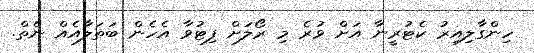
ހިންގާލިއިރު ކެޓުރީނާ އަށް ވުރެ މި ރޯލަށް ފިޓުވާ އެހެން ބަތަލާއެއް ނެތް.